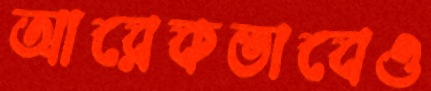
আরেকভাবেও